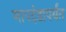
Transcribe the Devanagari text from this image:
मापदंडापर्यंत